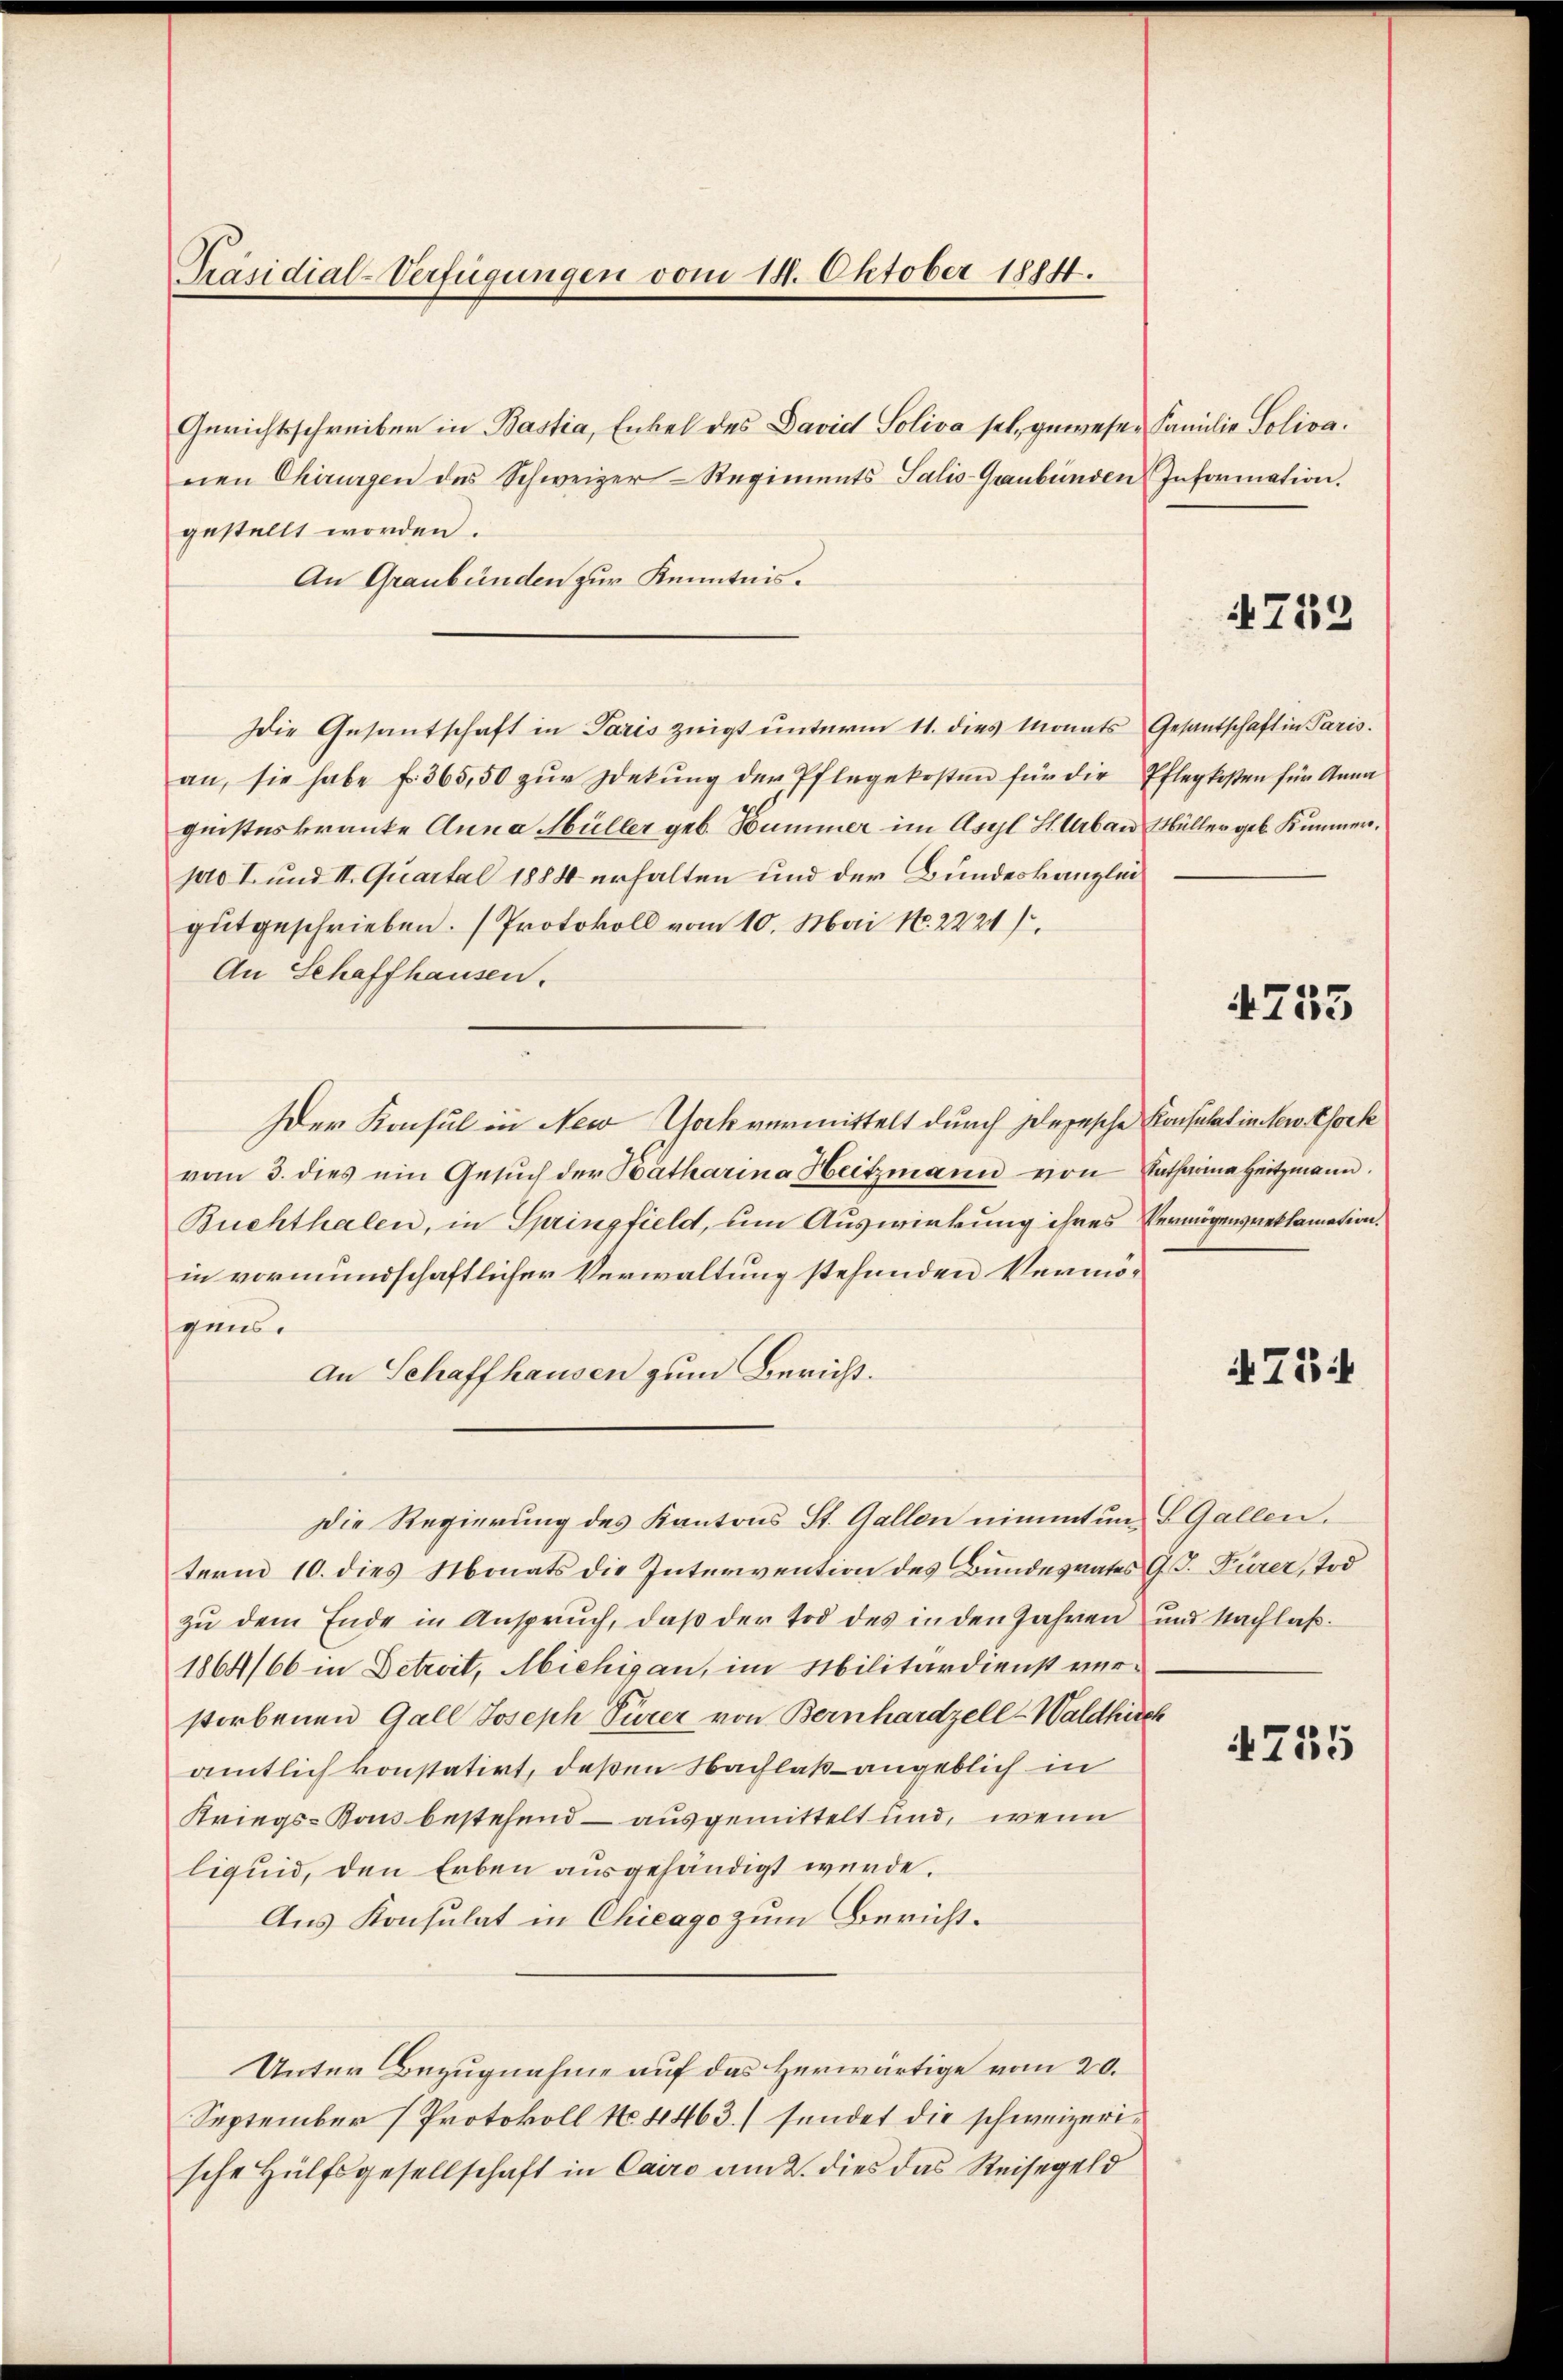
Präsidial-Verfügungen vom 14. Oktober 1884.

Gerichtsschreiber in Bastia, Enkel des David Soliva sel. gewesen Familie Solivanen Chirurgen des Schweizer-Regiments Salis-Graubünden Information.
gestellt worden.
An Graubünden zur Kenntnis.
Die Gesantschaft in Paris zeigt unterm 11. dies Monats Gesantschaft in Paris.
an, sie habe f. 365,50 zŭr Zdekŭng der Pflegekosten für die Pflegkosten für Anna
geisteskranke Anna Müller geb. Summer im Asyl Hlbau Müller geb. Kummerpro I. und II. Quartal 1884 erhalten und der Bundeskanzlei
gŭt geschrieben. (Protokoll vom 10. Mai N. 2221/
An Schaffhausen.
Der Konsul in New Yock vermittelt durch Depesche Konsulatinten Chork
vom 3. dies ein Gesŭch der Katharina Heitzmann von Katharina Heitzmann.
Buchthalen, in Springfield, um Auswirkung ihres Vermögensreklamation.
in vormundschaftlicher Verwaltung stehenden Vermögens.
An Schaffhausen zum Bericht.
Die Regierung des Kantons St. Gallen nimmt und S. Gallen.
term 10. dies Monats die Intervention des Bundesrates G. T. Türer, Tod
zu dem Ende in Anspruch, daß der Tod des in den Jahren und Nachlaß
1864/66 in Betreit, Michigan, im Militärdienst ver-
storbenen Gall Joseph Türer von Bernhardzell-Waldkirch
amtlich konstatirt, deßen Nachlaß angeblich in
Kriegs-Kans bestehend – ausgemittelt und, wenn
liquid, den Erben ausgehändigt wurde.
Aus Konsulat in Chicago zum Bericht.
Unter Bezugnahme auf das Herwärtige vom 20.
September (Protokoll No. 4463./ sendet die schweizerische Hülfsgesellschaft in Cairo am 2. dies das Reisegeld

723

4755

734

755